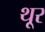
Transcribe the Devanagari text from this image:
थू्र